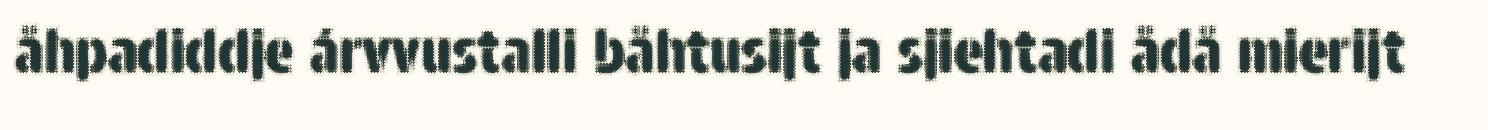
åhpadiddje árvvustalli båhtusijt ja sjiehtadi ådå mierijt